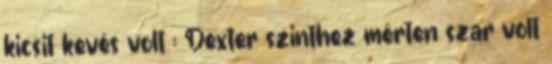
kicsit kevés volt : Dexter szinthez mérten szar volt